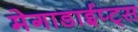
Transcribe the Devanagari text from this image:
मेगाडाईप्ट्स